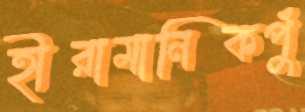
হীরামানিকপুঁ